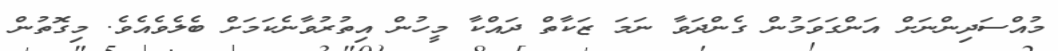
މުއްސަދިންނަށް އަންގަވަމުން ގެންދަވާ ނަމަ ޒަކާތް ދައްކާ މީހުން އިތުރުވާނެކަމަށް ބެލެވެއެވެ. މިގޮތުން